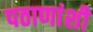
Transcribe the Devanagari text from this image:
पठाणांशी